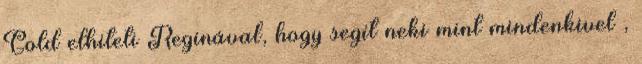
Gold elhiteti Reginával, hogy segít neki mint mindenkivel ,